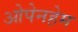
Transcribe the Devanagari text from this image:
ओपेनहेम